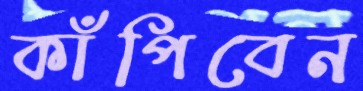
কাঁপিবেন